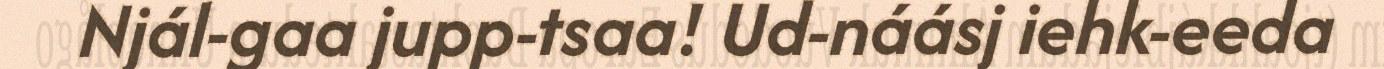
Njál-gaa jupp-tsaa! Ud-náásj iehk-eeda